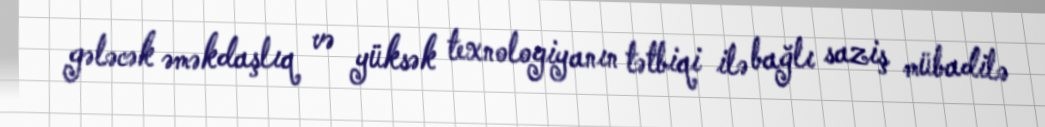
gələcək əməkdaşlıq və yüksək texnologiyanın tətbiqi ilə bağlı saziş mübadilə